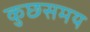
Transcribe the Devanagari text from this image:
कुछसमय